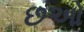
છઓ